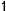
1